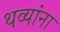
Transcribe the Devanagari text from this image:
थव्यांना